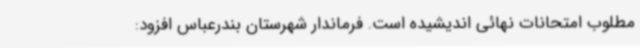
مطلوب امتحانات نهائی اندیشیده است. فرماندار شهرستان بندرعباس افزود: